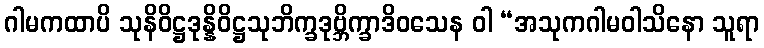
ဂါမကထာပိ သုနိဝိဋ္ဌဒုန္နိဝိဋ္ဌသုဘိက္ခဒုဗ္ဘိက္ခာဒိဝသေန ဝါ “အသုကဂါမဝါသိနော သူရာ